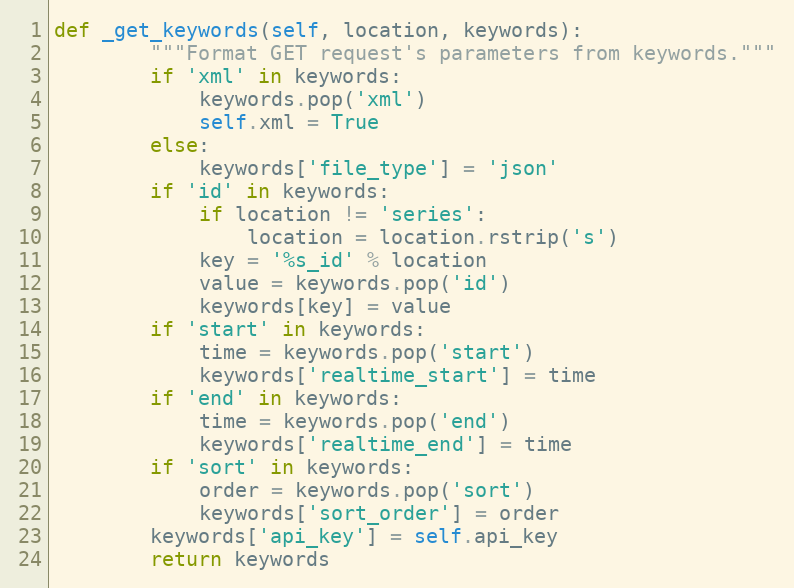
Language: Python
def _get_keywords(self, location, keywords):
        """Format GET request's parameters from keywords."""
        if 'xml' in keywords:
            keywords.pop('xml')
            self.xml = True
        else:
            keywords['file_type'] = 'json'
        if 'id' in keywords:
            if location != 'series':
                location = location.rstrip('s')
            key = '%s_id' % location
            value = keywords.pop('id')
            keywords[key] = value
        if 'start' in keywords:
            time = keywords.pop('start')
            keywords['realtime_start'] = time
        if 'end' in keywords:
            time = keywords.pop('end')
            keywords['realtime_end'] = time
        if 'sort' in keywords:
            order = keywords.pop('sort')
            keywords['sort_order'] = order
        keywords['api_key'] = self.api_key
        return keywords